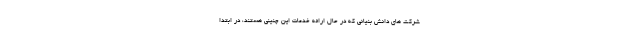
شرکت های دانش بنیانی که در حال ارائه خدمات این چنینی هستند، در ابتدا